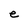
Character: e